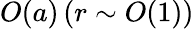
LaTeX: O(a)\, (r\sim O(1))